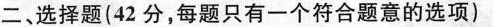
二、选择题(42分，每题只有一个符合题意的选项)